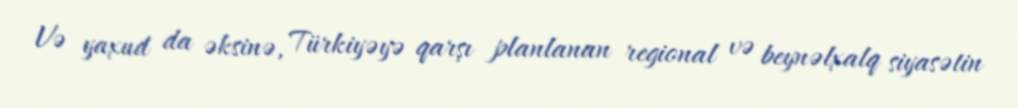
Və yaxud da əksinə, Türkiyəyə qarşı planlanan regional və beynəlxalq siyasətin